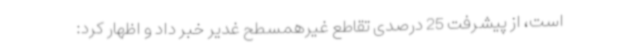
است، از پیشرفت 25 درصدی تقاطع غیرهمسطح غدیر خبر داد و اظهار کرد: